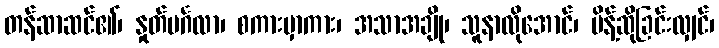
တန်ဆာဆင်၏၊ နှုတ်မင်္ဂလာ၊ စကားမှာကား၊ အသာအချို၊ သူနာလိုအောင်၊ မိန့်ဆိုခြင်းလျှင်၊